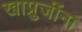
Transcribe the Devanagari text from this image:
खाप्रुजींना